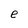
Character: e